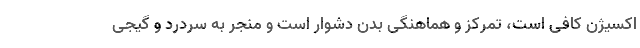
اکسیژن کافی است، تمرکز و هماهنگی بدن دشوار است و منجر به سردرد و گیجی